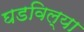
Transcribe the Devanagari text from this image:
घडविल्या